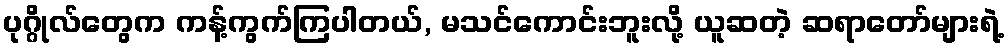
ပုဂ္ဂိုလ်တွေက ကန့်ကွက်ကြပါတယ်, မသင်ကောင်းဘူးလို့ ယူဆတဲ့ ဆရာတော်များရဲ့